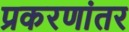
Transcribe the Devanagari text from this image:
प्रकरणांतर